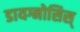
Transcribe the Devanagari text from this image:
डायग्नोसिस्